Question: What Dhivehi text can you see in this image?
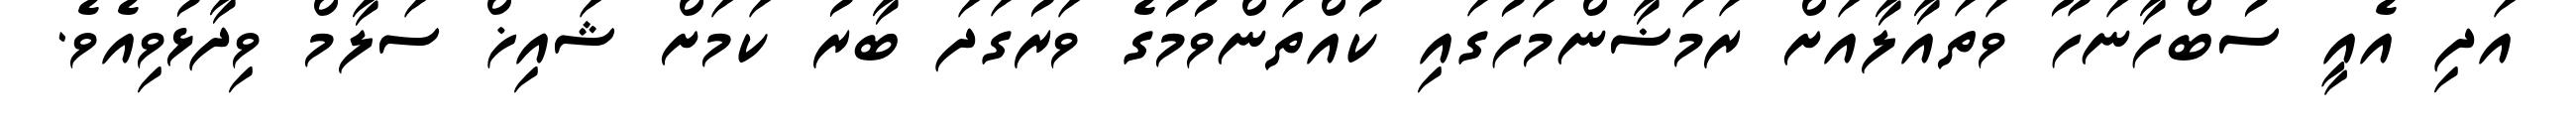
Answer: އަދި އެއީ ސުބްހާނަހޫ ވަތައާލާއަށް ރަމަޟާންމަހުގައި ކުއްތަންވުމުގެ ވަރުގަދަ ބާރު ކަމަށް ޝައިޚް ސަލާމް ވިދާޅުވިއެވެ.